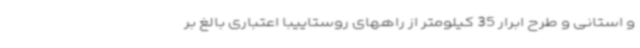
و استانی و طرح ابرار 35 کیلومتر از راههای روستاییبا اعتباری بالغ بر